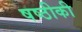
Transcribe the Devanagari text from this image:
षष्ठीकी